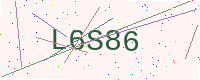
Text: L6S86